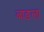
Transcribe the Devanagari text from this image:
बाङला